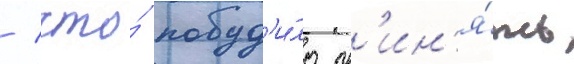
/ что́ побуд'и́ло пр'ин'я́ть